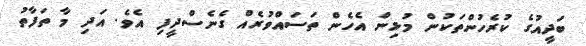
ބަދީއުގެ ކުރެހުންތަކުން މުޅިން އެހެން ތަސައްވުރެއް ގެނެސްދީފި އެވެ. އަދި މާ ތަފާތު